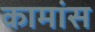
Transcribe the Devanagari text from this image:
कामांस